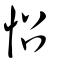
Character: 怊